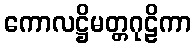
ကောလဋ္ဌိမတ္တဂုဠိကာ